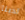
لدينا